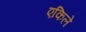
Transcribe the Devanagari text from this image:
एकिले